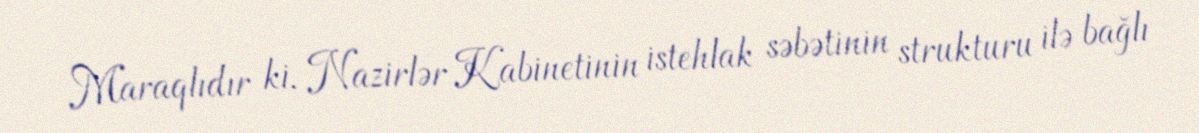
Maraqlıdır ki, Nazirlər Kabinetinin istehlak səbətinin strukturu ilə bağlı